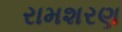
રામશરણ